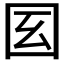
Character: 𡆻